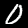
Label: 0